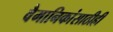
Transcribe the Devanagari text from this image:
वैमानिकांसाठीही